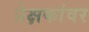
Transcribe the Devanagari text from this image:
प्रेक्षकांवर